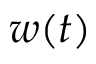
w ( t )